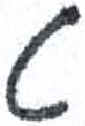
אות: ט